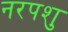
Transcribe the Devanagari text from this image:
नरपशु